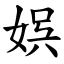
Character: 娯